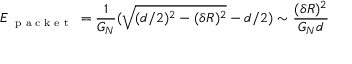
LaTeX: E _ { \textup { \scriptsize { p a c k e t } } } = \frac { 1 } { G _ { N } } ( \sqrt { ( d / 2 ) ^ { 2 } - ( \delta R ) ^ { 2 } } - d / 2 ) \sim \frac { ( \delta R ) ^ { 2 } } { G _ { N } d }